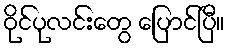
ဝိုင်ပုလင်းတွေ ပြောင်ပြီ။